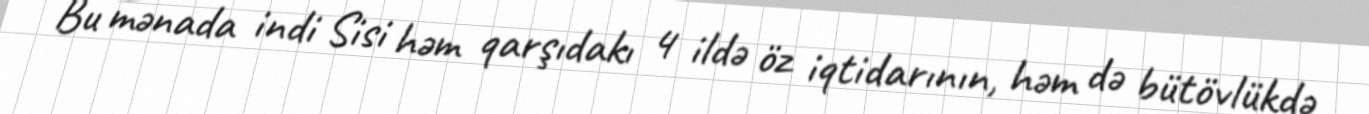
Bu mənada indi Sisi həm qarşıdakı 4 ildə öz iqtidarının, həm də bütövlükdə